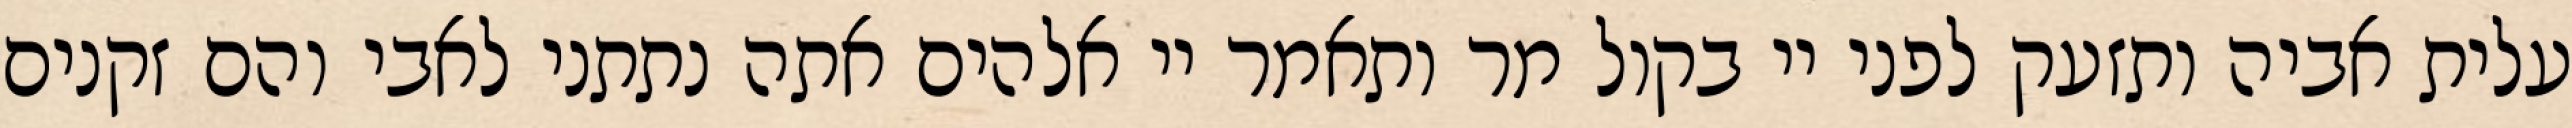
עלית אביה ותזעק לפני יי בקול מר ותאמר יי אלהים אתה נתתני לאבי והם זקנים